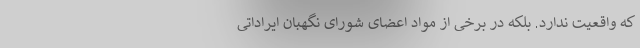
که واقعیت ندارد. بلکه در برخی از مواد اعضای شورای نگهبان ایراداتی